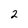
Character: 2